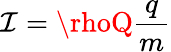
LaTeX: \mathcal{I}=\rhoQ\frac{{q}}{{m}}